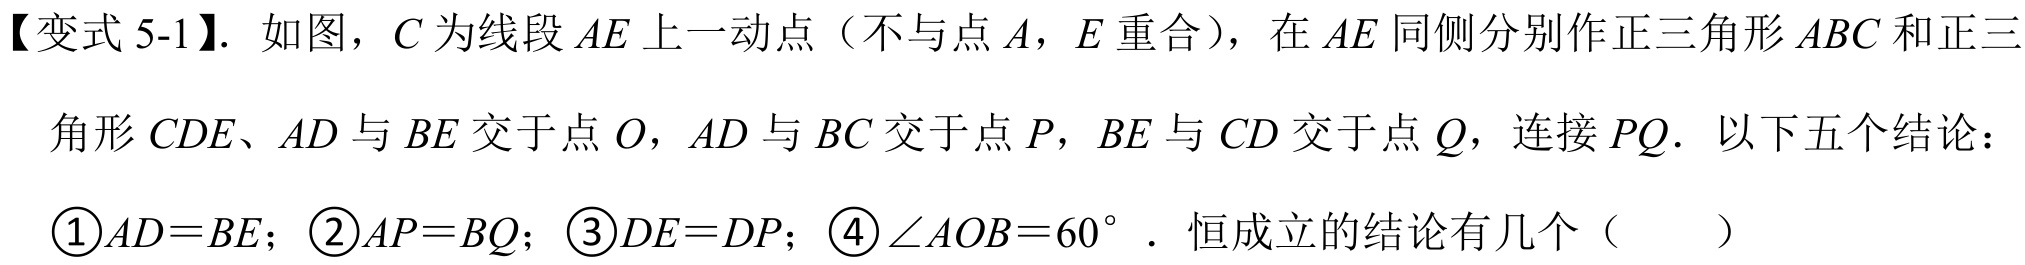
【变式5-1】. 如图，\(C\)为线段\(AE\)上一动点（不与点\(A\)，\(E\)重合），在\(AE\)同侧分别作正三角形\(ABC\)和正三
角形\(CDE\)、\(AD\)与\(BE\)交于点\(O\)，\(AD\)与\(BC\)交于点\(P\)，\(BE\)与\(CD\)交于点\(Q\)，连接\(PQ\). 以下五个结论：
\textcircled{1}\(AD = BE\)；\textcircled{2}\(AP = BQ\)；\textcircled{3}\(DE = DP\)；\textcircled{4}\(\angle AOB = 60^{\circ}\). 恒成立的结论有几个（  ）